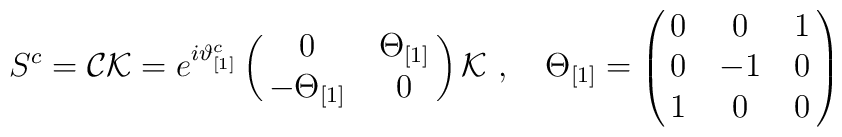
S^c = {\cal C}{\cal K}= e^{i\vartheta^c_{[1]}}\pmatrix{0&\Theta_{[1]}\cr-\Theta_{[1]}&0\cr}{\cal K}\,\,,\quad \Theta_{[1]} =\pmatrix{0&0&1\cr0&-1&0\cr1&0&0\cr}